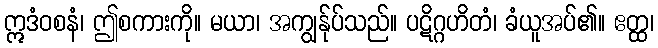
ဣဒံဝစနံ၊ ဤစကားကို။ မယာ၊ အကျွန်ုပ်သည်။ ပဋိဂ္ဂဟိတံ၊ ခံယူအပ်၏။ ဧတ္ထ၊